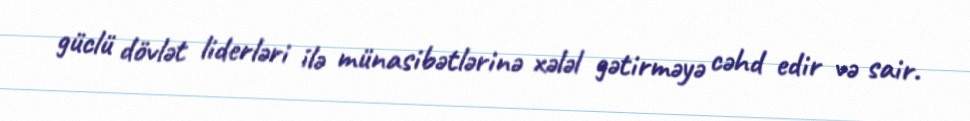
güclü dövlət liderləri ilə münasibətlərinə xələl gətirməyə cəhd edir və sair.